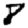
Digit: 8